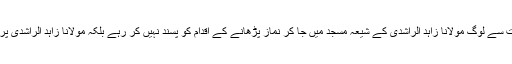
دیوبندی مکتب فکر کے بہت سے لوگ مولانا زاہد الراشدی کے شیعہ مسجد میں جا کر نماز پڑھانے کے اقدام کو پسند نہیں کر رہے بلکہ مولانا زاہد الراشدی پر کڑی تنقید کی جا رہی ہے۔